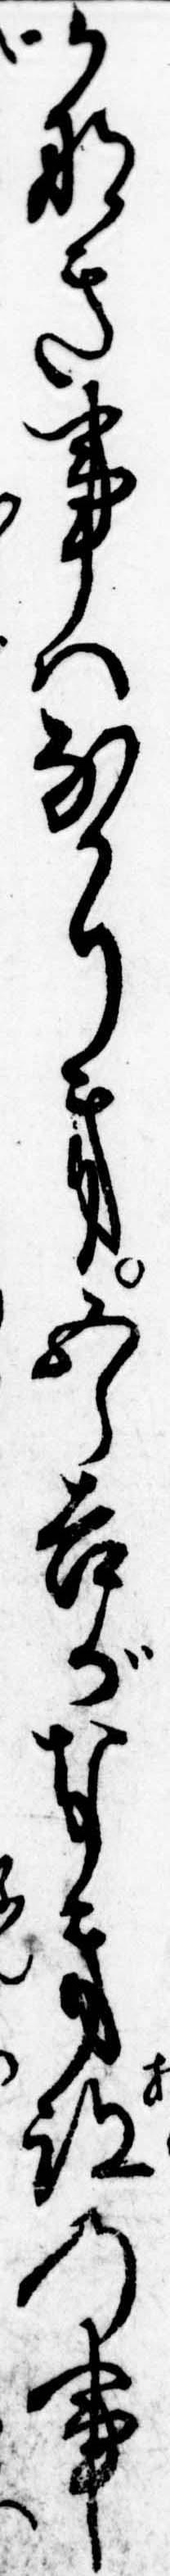
かなき事はなかりき五郎吉がなき跡の事